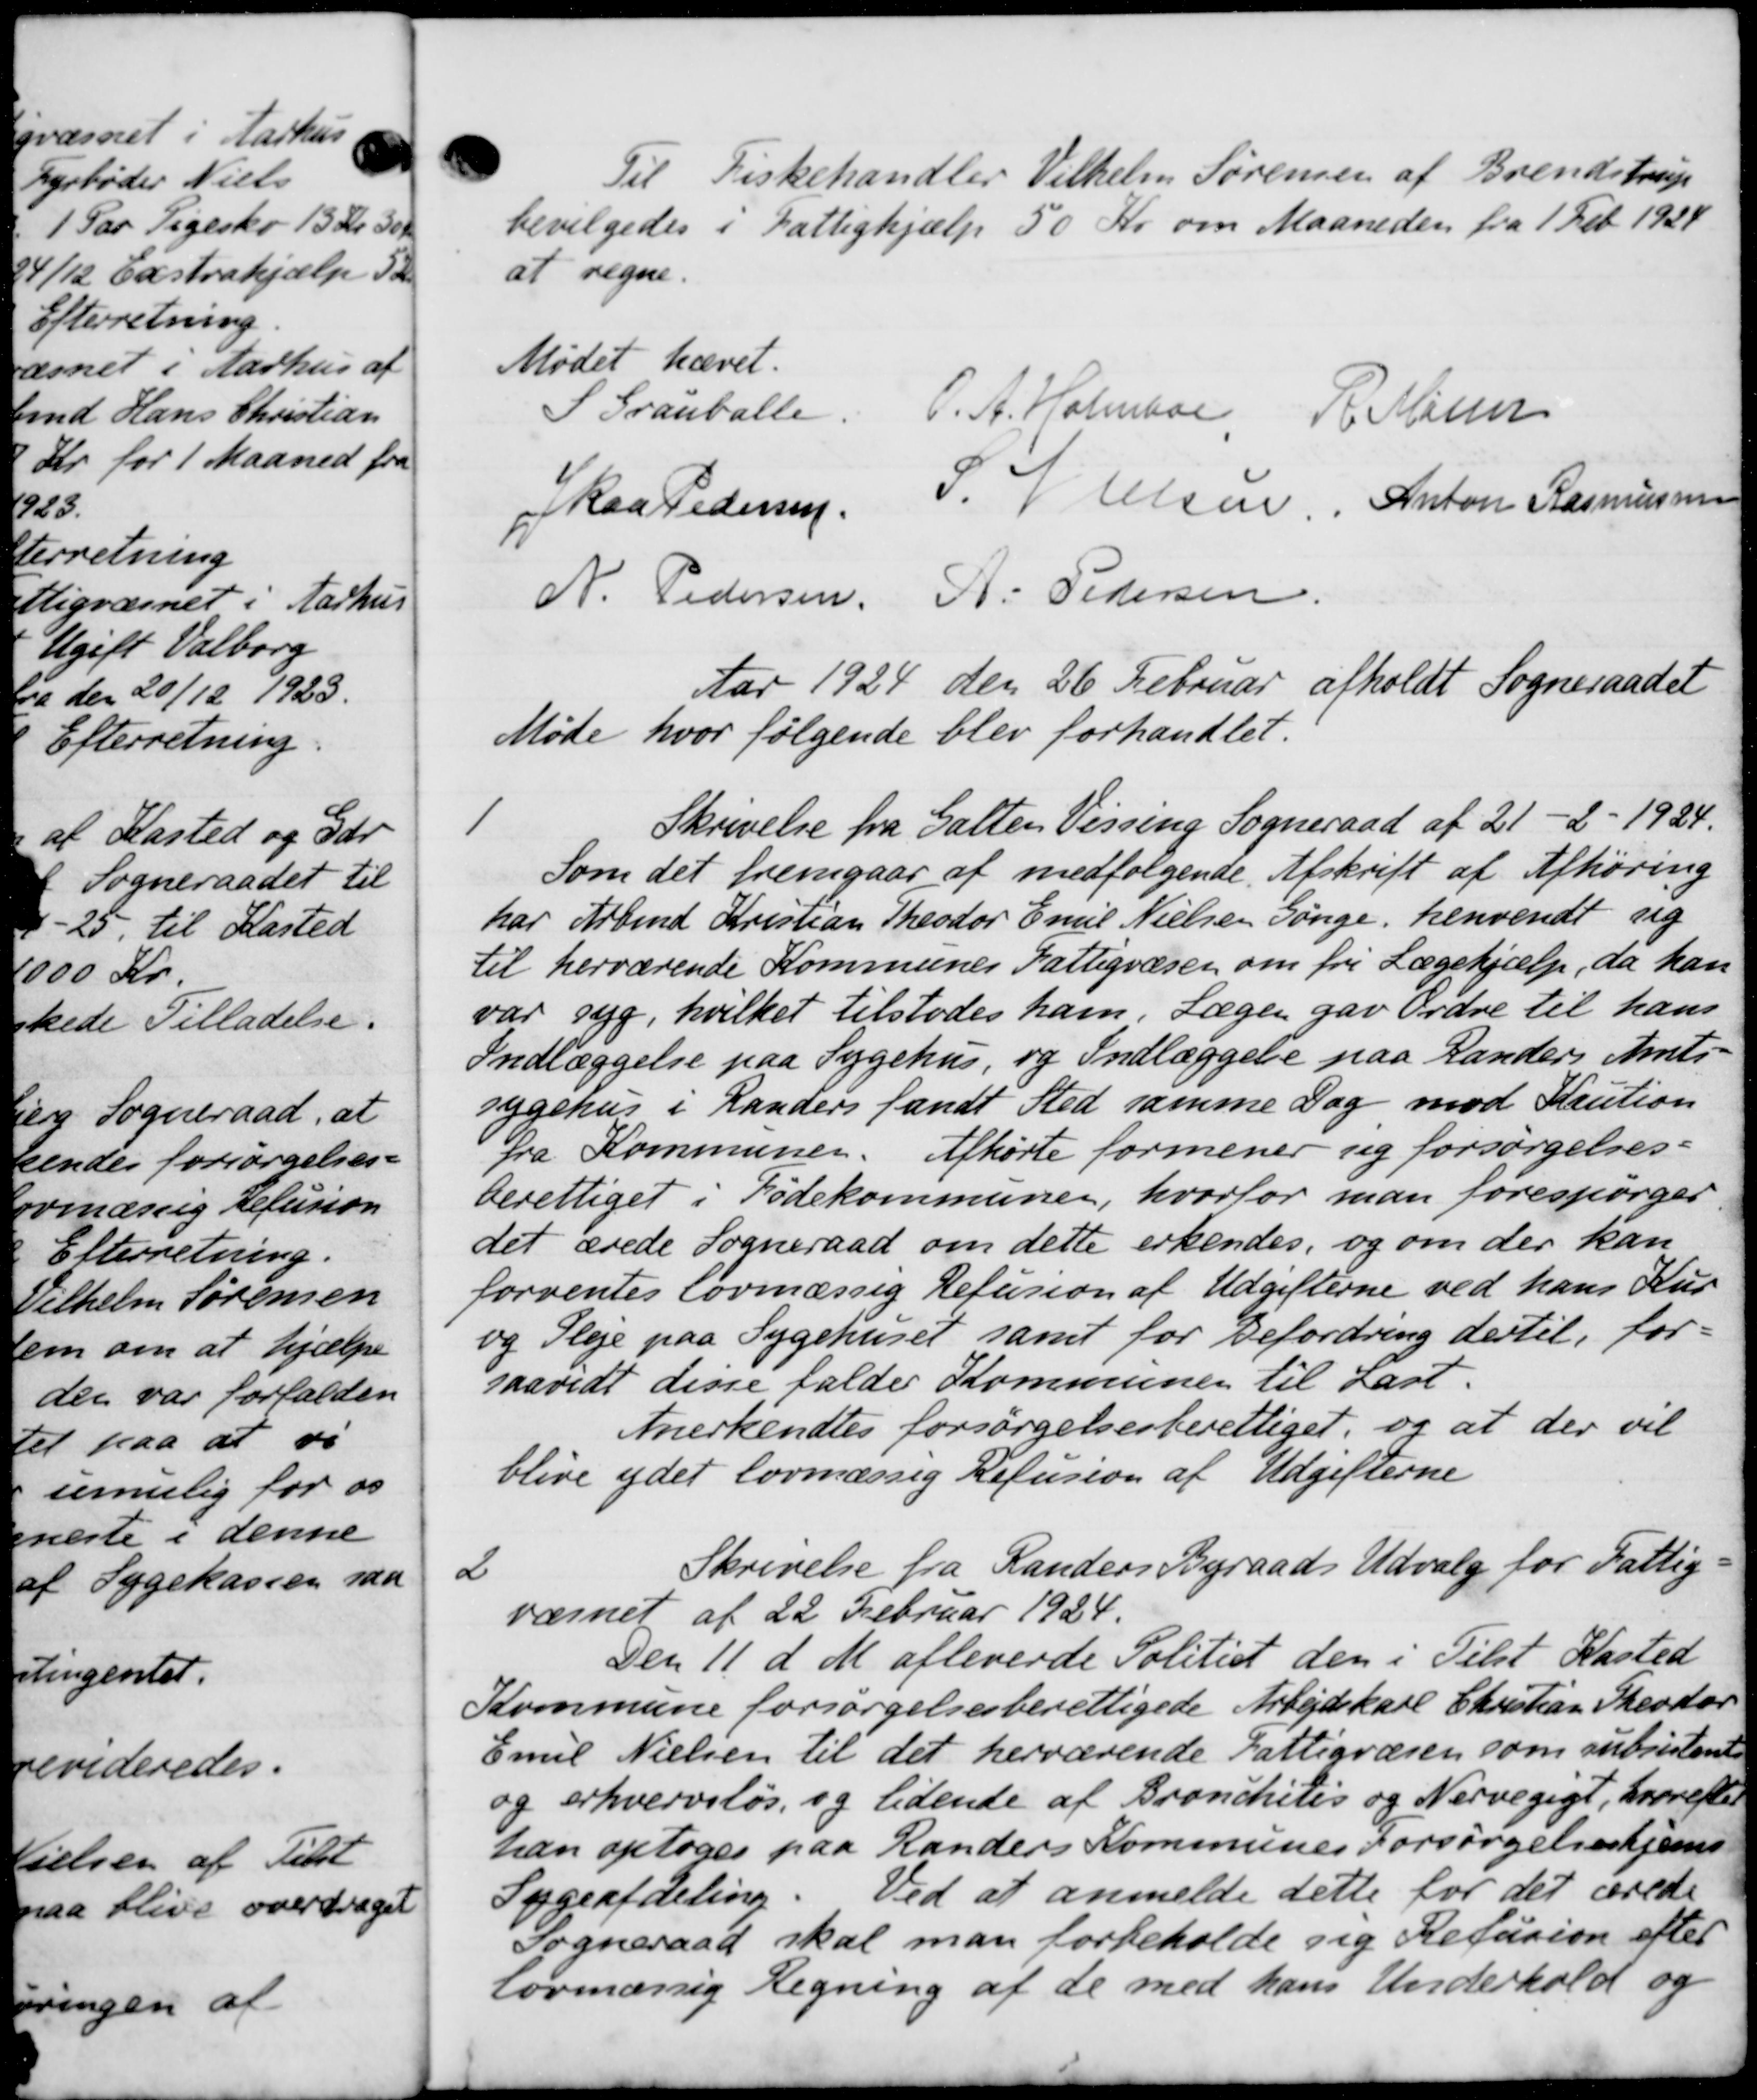
Transskription:
Til Fiskehandler Vilhelm Sørensen af Brendstrup
bevilgedes i Fattighjælp 50 Kr om Maaneden fra 1 Feb 1924
at regne.
Mødet hævet.
P. Granballe. P. A. Holmboe R. Møller
Skaa Pedersen S. V. Olsen Anton Rasmussen
N. Pedersen, A. Pedersen
Aar 1924 den 26 Februar afholdt Sogneraadet
Møde hvor følgende blev forhandlet.
1
Skrivelse fra Galten Vissing Sogneraad af 21 - 2 - 1924.
Som det fremgaar af medfølgende Afskrift af Afhøring
har Arbmd Kristian Theodor Emil Nielsen Sønge. henvendt sig
til herværende Kommunes Fattigvæsen om fri Lægehjælp, da han
var syg, hvilket tilstodes ham, Lægen gav Ordre til hans
Indlæggelse paa Sygehus, og Indlæggelse paa Randers Amts-
Sygehus i Randers fandt Sted samme Dag mod Kaution
fra Kommunen. Afhørte formener sig forsørgelses-
berettiget i Fødekommunen, hvorfor man forespørger
det ærede Sogneraad om dette erkendes, og om der kan
forventes lovmæssig Refusion af Udgifterne ved hans Kur
og Pleje paa Sygehuset samt for Befordring dertil, for-
saavidt disse falder Kommunen til Lart.
Anerkendtes forsørgelsesberettiget, og at der vil
blive ydet lovmæssig Refusion af Udgifterne
2
Skrivelse fra Randers Byraads Udvalg for Fattig-
værnet af 22 Februar 1924.
Den 11 d. M afleverde Politiet den i Tilst Kasted
Kommune forsørgelsesberettigede Arbejdskarl Christian Theodor
Emil Nielsen til det herværende Fattigvæsen som subsistent
og erhvervsløs, og lidende af Bronchites og Nervegigt, hvorefter
han optoges paa Randers Kommunes Forsørgelseshjems
Sygeafdeling. Ved at anmelde dette for det ærede
Sogneraad skal man forbeholde sig Refusion efter
lovmæssig Regning af de med hans Underhold og